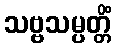
သဗ္ဗသမ္ပတ္တိံ